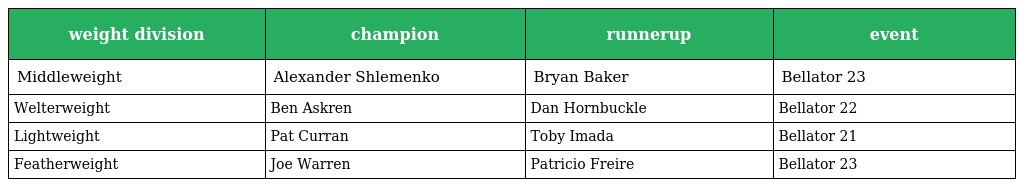
| weight division | champion | runnerup | event |
 | --- | --- | --- | --- |
 | Middleweight | Alexander Shlemenko | Bryan Baker | Bellator 23 |
 | Welterweight | Ben Askren | Dan Hornbuckle | Bellator 22 |
 | Lightweight | Pat Curran | Toby Imada | Bellator 21 |
 | Featherweight | Joe Warren | Patricio Freire | Bellator 23 |